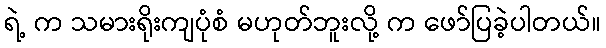
ရဲ့ က သမားရိုးကျပုံစံ မဟုတ်ဘူးလို့ က ဖော်ပြခဲ့ပါတယ်။